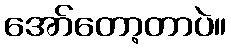
အော်တော့တာပဲ။